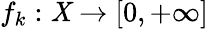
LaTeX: f_{k}:\mathit{X}\to[0,+\infty]